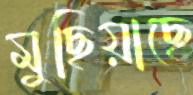
মুছিয়াছে